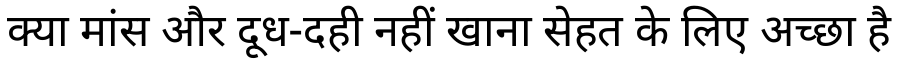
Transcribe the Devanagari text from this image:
क्या मांस और दूध-दही नहीं खाना सेहत के लिए अच्छा है